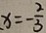
x = - \frac { 2 } { 3 }